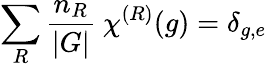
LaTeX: \sum_{R}{\frac{n_{R}}{|G|}}~\chi^{(R)}(g)=\delta_{g,e}